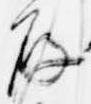
存